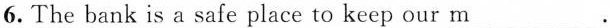
6. The bank is a safe place to keep our m___.